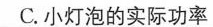
C.小灯泡的实际功率